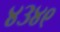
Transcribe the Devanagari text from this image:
४३४९